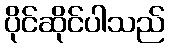
ပိုင်ဆိုင်ပါသည်